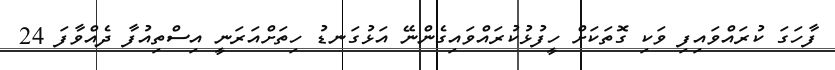
ފާހަގަ ކުރައްވައިފި ވަކި ގޮތަކަށް ހީފުޅުކުރައްވައިގެންނޭ އަޅުގަނޑު ހިތަށްއަރަނީ އިސްތިއުފާ ދެއްވާފަ 24